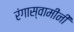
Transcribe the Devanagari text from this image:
रंगास्वामींनी